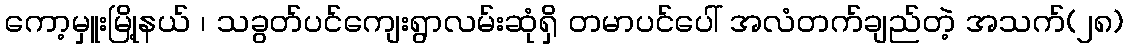
ကော့မှူးမြို့နယ် ၊ သခွတ်ပင်ကျေးရွာလမ်းဆုံရှိ တမာပင်ပေါ် အလံတက်ချည်တဲ့ အသက်(၂၈)